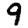
Digit: 9